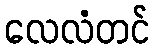
လေလံတင်